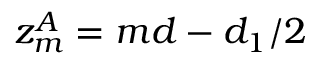
z _ { m } ^ { A } = m d - d _ { 1 } / 2